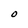
Character: O